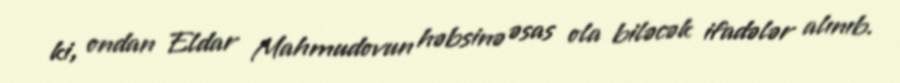
ki, ondan Eldar Mahmudovun həbsinə əsas ola biləcək ifadələr alınıb.